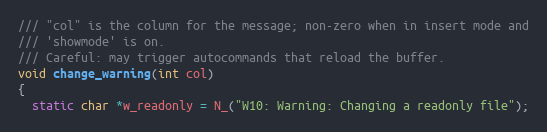
Language: C
/// "col" is the column for the message; non-zero when in insert mode and
/// 'showmode' is on.
/// Careful: may trigger autocommands that reload the buffer.
void change_warning(int col)
{
  static char *w_readonly = N_("W10: Warning: Changing a readonly file");